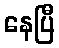
နေပြီ